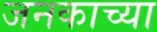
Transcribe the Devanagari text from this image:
जनकाच्या